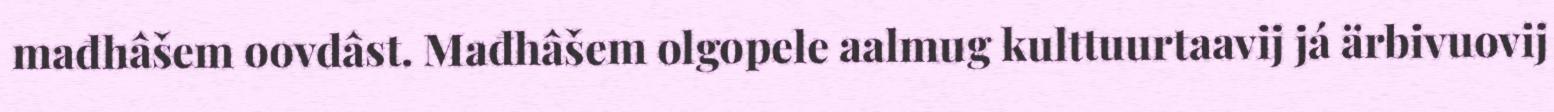
mađhâšem oovdâst. Mađhâšem olgopele aalmug kulttuurtaavij já ärbivuovij